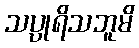
သပ္ပုရိသဘူမိ